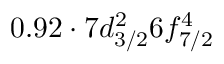
0 . 9 2 \cdot 7 d _ { 3 / 2 } ^ { 2 } 6 f _ { 7 / 2 } ^ { 4 }